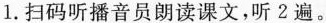
1.扫码听播音员朗读课文，听2遍。